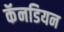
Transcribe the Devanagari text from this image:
कॅनडियन